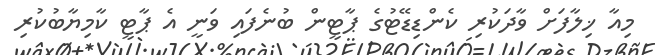
މިއާ ޚިލާފަށް ވާދަކުރި ކެންޑިޑޭޓުގެ ޕާޓީން ބުނެފައި ވަނީ އެ ޕާޓީ ކާމިޔާބުކުރި